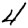
Digit: 4